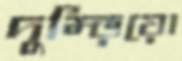
দুম্‌ড়িয়ো